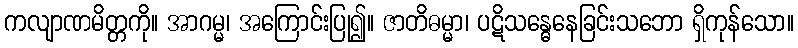
ကလျာဏမိတ္တကို။ အာဂမ္မ၊ အကြောင်းပြု၍။ ဇာတိဓမ္မာ၊ ပဋိသန္ဓေနေခြင်းသဘော ရှိကုန်သော။